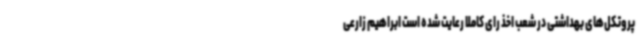
پروتکل‌های بهداشتی در شعب اخذ رای کاملا رعایت شده است ابراهیم زارعی